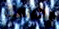
بكرامة